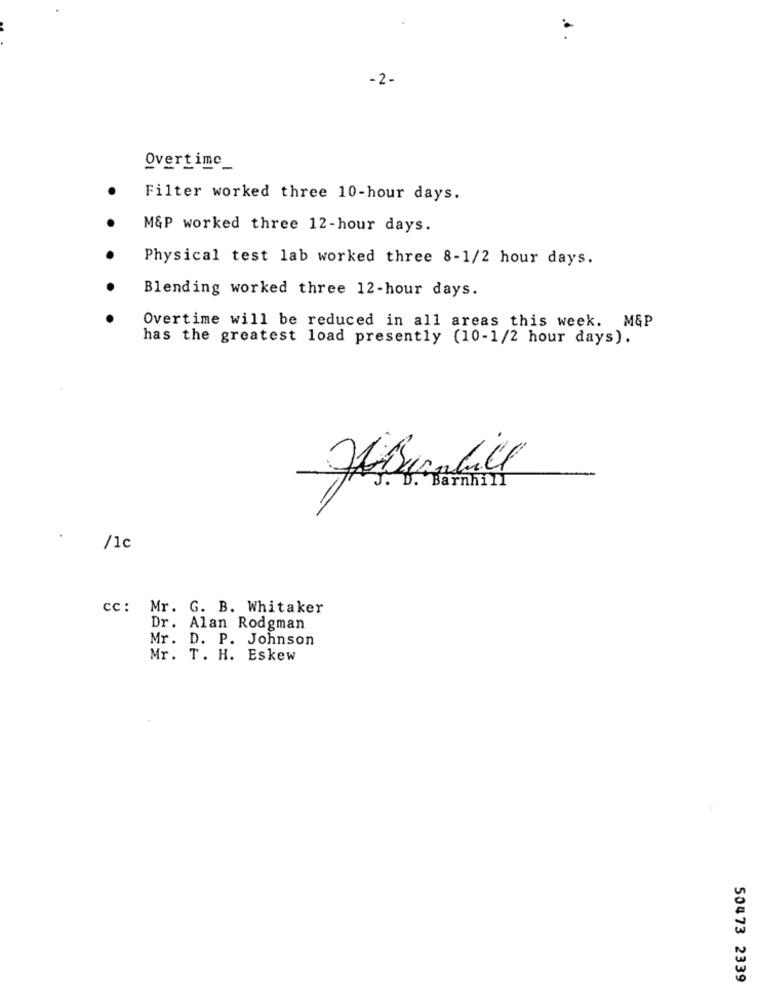
-2-
Overtimc_
Filter worked three 10-hour days.
M&P worked three 12-hour days.
Physical test lab worked three 8-1/2 hour days.
Blending worked three 12-hour days.
Overtime will be reduced in all areas this week. M&P
has the greatest load presently (10-1/2 hour days).
J. B. Barnhill
/1c
cc: Mr. G. B. Whitaker
Dr. Alan Rodgman
Mr. D. P. Johnson
Mr. T. H. Eskew
50473 2339